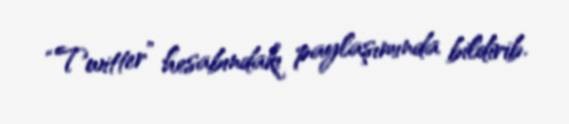
“Twitter” hesabındakı paylaşımında bildirib.